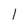
Character: l